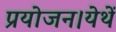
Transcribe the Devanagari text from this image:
प्रयोजन।येथें